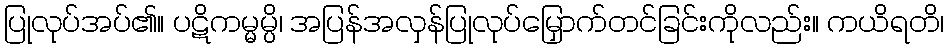
ပြုလုပ်အပ်၏။ ပဋိကမ္မမ္ပိ၊ အပြန်အလှန်ပြုလုပ်မြှောက်တင်ခြင်းကိုလည်း။ ကယိရတိ၊